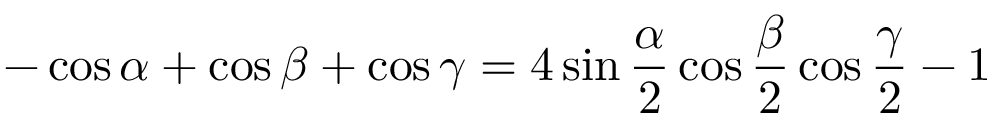
- \cos \alpha + \cos \beta + \cos \gamma = 4 \sin { \frac { \alpha } { 2 } } \cos { \frac { \beta } { 2 } } \cos { \frac { \gamma } { 2 } } - 1